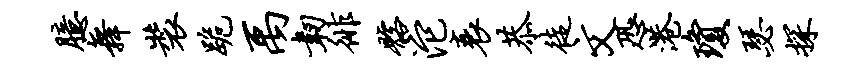
臆舞装跪禹韧徘髂沱衰恭徒文恐港琼瑟探